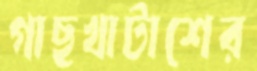
গাছখাটাশের